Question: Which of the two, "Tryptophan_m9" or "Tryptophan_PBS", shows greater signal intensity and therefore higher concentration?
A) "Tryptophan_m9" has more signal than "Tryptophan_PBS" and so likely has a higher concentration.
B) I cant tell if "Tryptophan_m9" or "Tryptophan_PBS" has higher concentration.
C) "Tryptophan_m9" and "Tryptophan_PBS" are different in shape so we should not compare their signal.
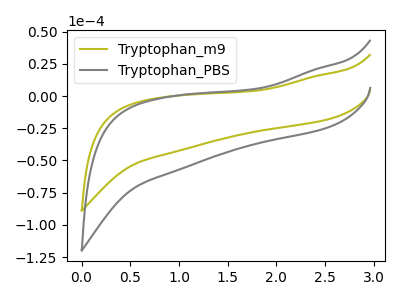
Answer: <think>The olive curve "Tryptophan_m9" has no peaks. The gray curve "Tryptophan_PBS" has no peaks.
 Neither "Tryptophan_m9" or "Tryptophan_PBS" have any peaks.</think>
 <answer>B) I cant tell if "Tryptophan_m9" or "Tryptophan_PBS" has higher concentration.</answer>
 <eval>B</eval>